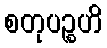
စတုပဉ္စဟိ